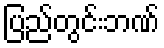
ပြည်တွင်းဘဏ်